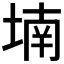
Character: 𡎜